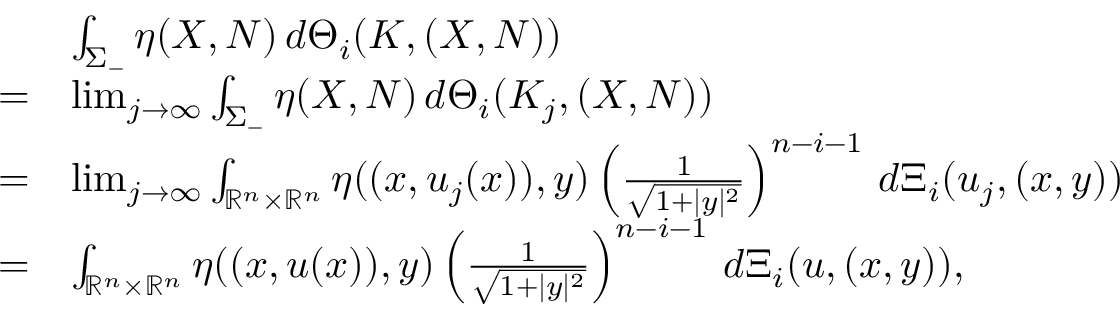
\begin{array} { r l } & { \int _ { \Sigma _ { - } } \eta ( X , N ) \, d \Theta _ { i } ( K , ( X , N ) ) } \\ { = } & { \operatorname* { l i m } _ { j \rightarrow \infty } \int _ { \Sigma _ { - } } \eta ( X , N ) \, d \Theta _ { i } ( K _ { j } , ( X , N ) ) } \\ { = } & { \operatorname* { l i m } _ { j \rightarrow \infty } \int _ { \mathbb { R } ^ { n } \times \mathbb { R } ^ { n } } \eta ( ( x , u _ { j } ( x ) ) , y ) \left( \frac { 1 } { \sqrt { 1 + | y | ^ { 2 } } } \right) ^ { n - i - 1 } \, d \Xi _ { i } ( u _ { j } , ( x , y ) ) } \\ { = } & { \int _ { \mathbb { R } ^ { n } \times \mathbb { R } ^ { n } } \eta ( ( x , u ( x ) ) , y ) \left( \frac { 1 } { \sqrt { 1 + | y | ^ { 2 } } } \right) ^ { n - i - 1 } \, d \Xi _ { i } ( u , ( x , y ) ) , } \end{array}